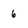
Character: 6